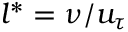
l ^ { * } = \nu / u _ { \tau }